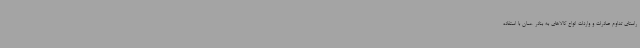
راستای تداوم صادرات و واردات انواع کالاهای به بنادر عمان با استفاده